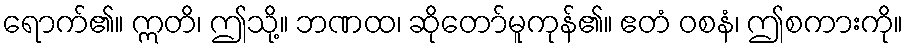
ရောက်၏။ ဣတိ၊ ဤသို့။ ဘဏထ၊ ဆိုတော်မူကုန်၏။ ဧတံ ဝစနံ၊ ဤစကားကို။